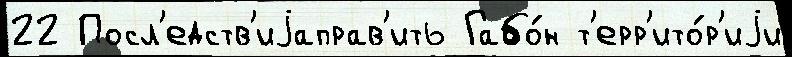
22 Посл'едств'иjаправ'ить Габо́н т'ерр'ито́р'иjи